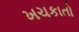
ખચકાતો